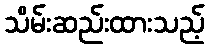
သိမ်းဆည်းထားသည့်